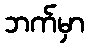
ဘက်မှာ